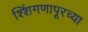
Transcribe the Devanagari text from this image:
श्शिंगणापूरच्या